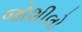
જોશીલો